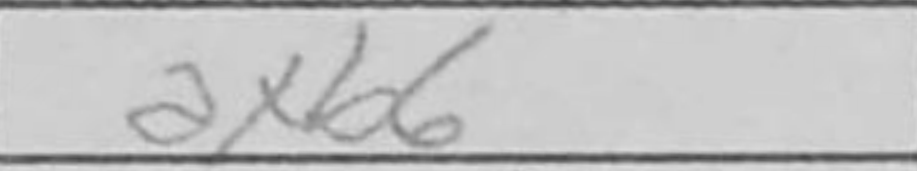
Transcription: axb6